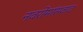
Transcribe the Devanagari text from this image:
नवरोमांसवाद